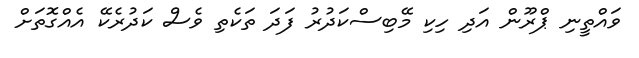
ވައްތީނި ޕްރޫން އަދި ހިކި މޭބިސްކަދުރު ފަދަ ތަކެތި ވެސް ކަދުރެކޭ އެއްގޮތަށް